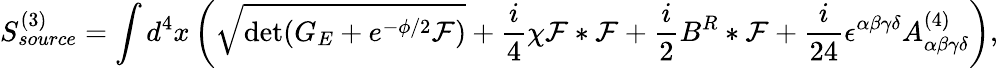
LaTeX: S_{source}^{(3)}=\int d^{4}x\left(\sqrt{\operatorname*{det}(G_{E}+e^{-\phi/2}{\cal F})}+{\frac{i}{4}}\chi{\cal F}*{\cal F}+{\frac{i}{2}}B^{R}*{\cal F}+{\frac{i}{24}}\epsilon^{\alpha\beta\gamma\delta}A_{\alpha\beta\gamma\delta}^{(4)}\right),